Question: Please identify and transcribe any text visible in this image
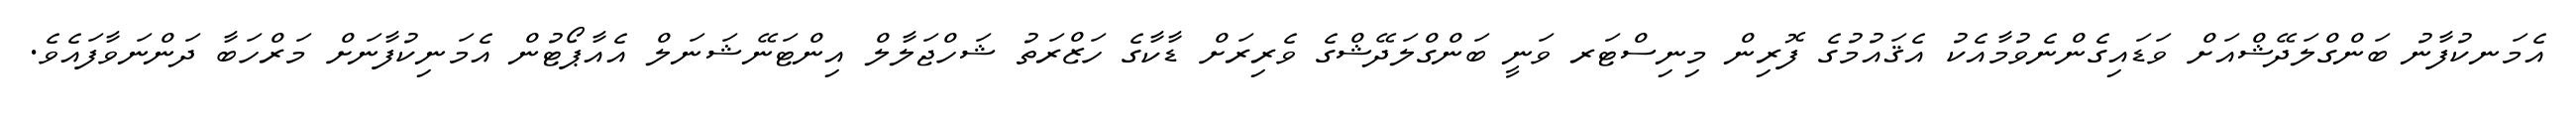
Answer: އެމަނކުފާނު ބަންގްލަދޭޝްއަށް ވަޑައިގެންނެވުމާއެކު އެޤައުމުގެ ފޮރިން މިނިސްޓަރ ވަނީ ބަންގްލަދޭޝްގެ ވެރިރަށް ޑާކާގެ ހަޒްރަތު ޝަހްޖަލާލް އިންޓަނޭޝަނަލް އެއާޕޯޓުން އެމަނިކުފާނަށް މަރްހަބާ ދަންނަވާފައެވެ.